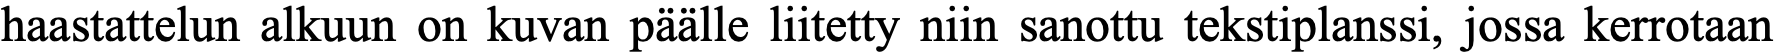
haastattelun alkuun on kuvan päälle liitetty niin sanottu tekstiplanssi, jossa kerrotaan